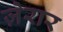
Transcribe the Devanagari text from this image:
ज़ेरार